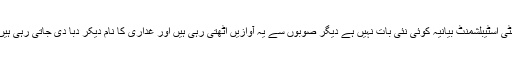
اینٹی اسٹیبلشمنٹ بیانیہ کوئی نئی بات نہیں ہے دیگر صوبوں سے یہ آوازیں اٹھتی رہی ہیں اور غداری کا نام دیکر دبا دی جاتی رہی ہیں ۔